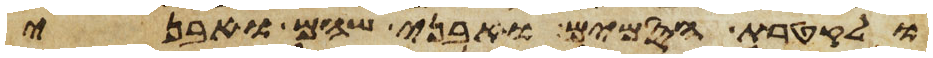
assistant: ולקטרת הסמים ואבני שהם ואבני